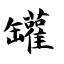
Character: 罐